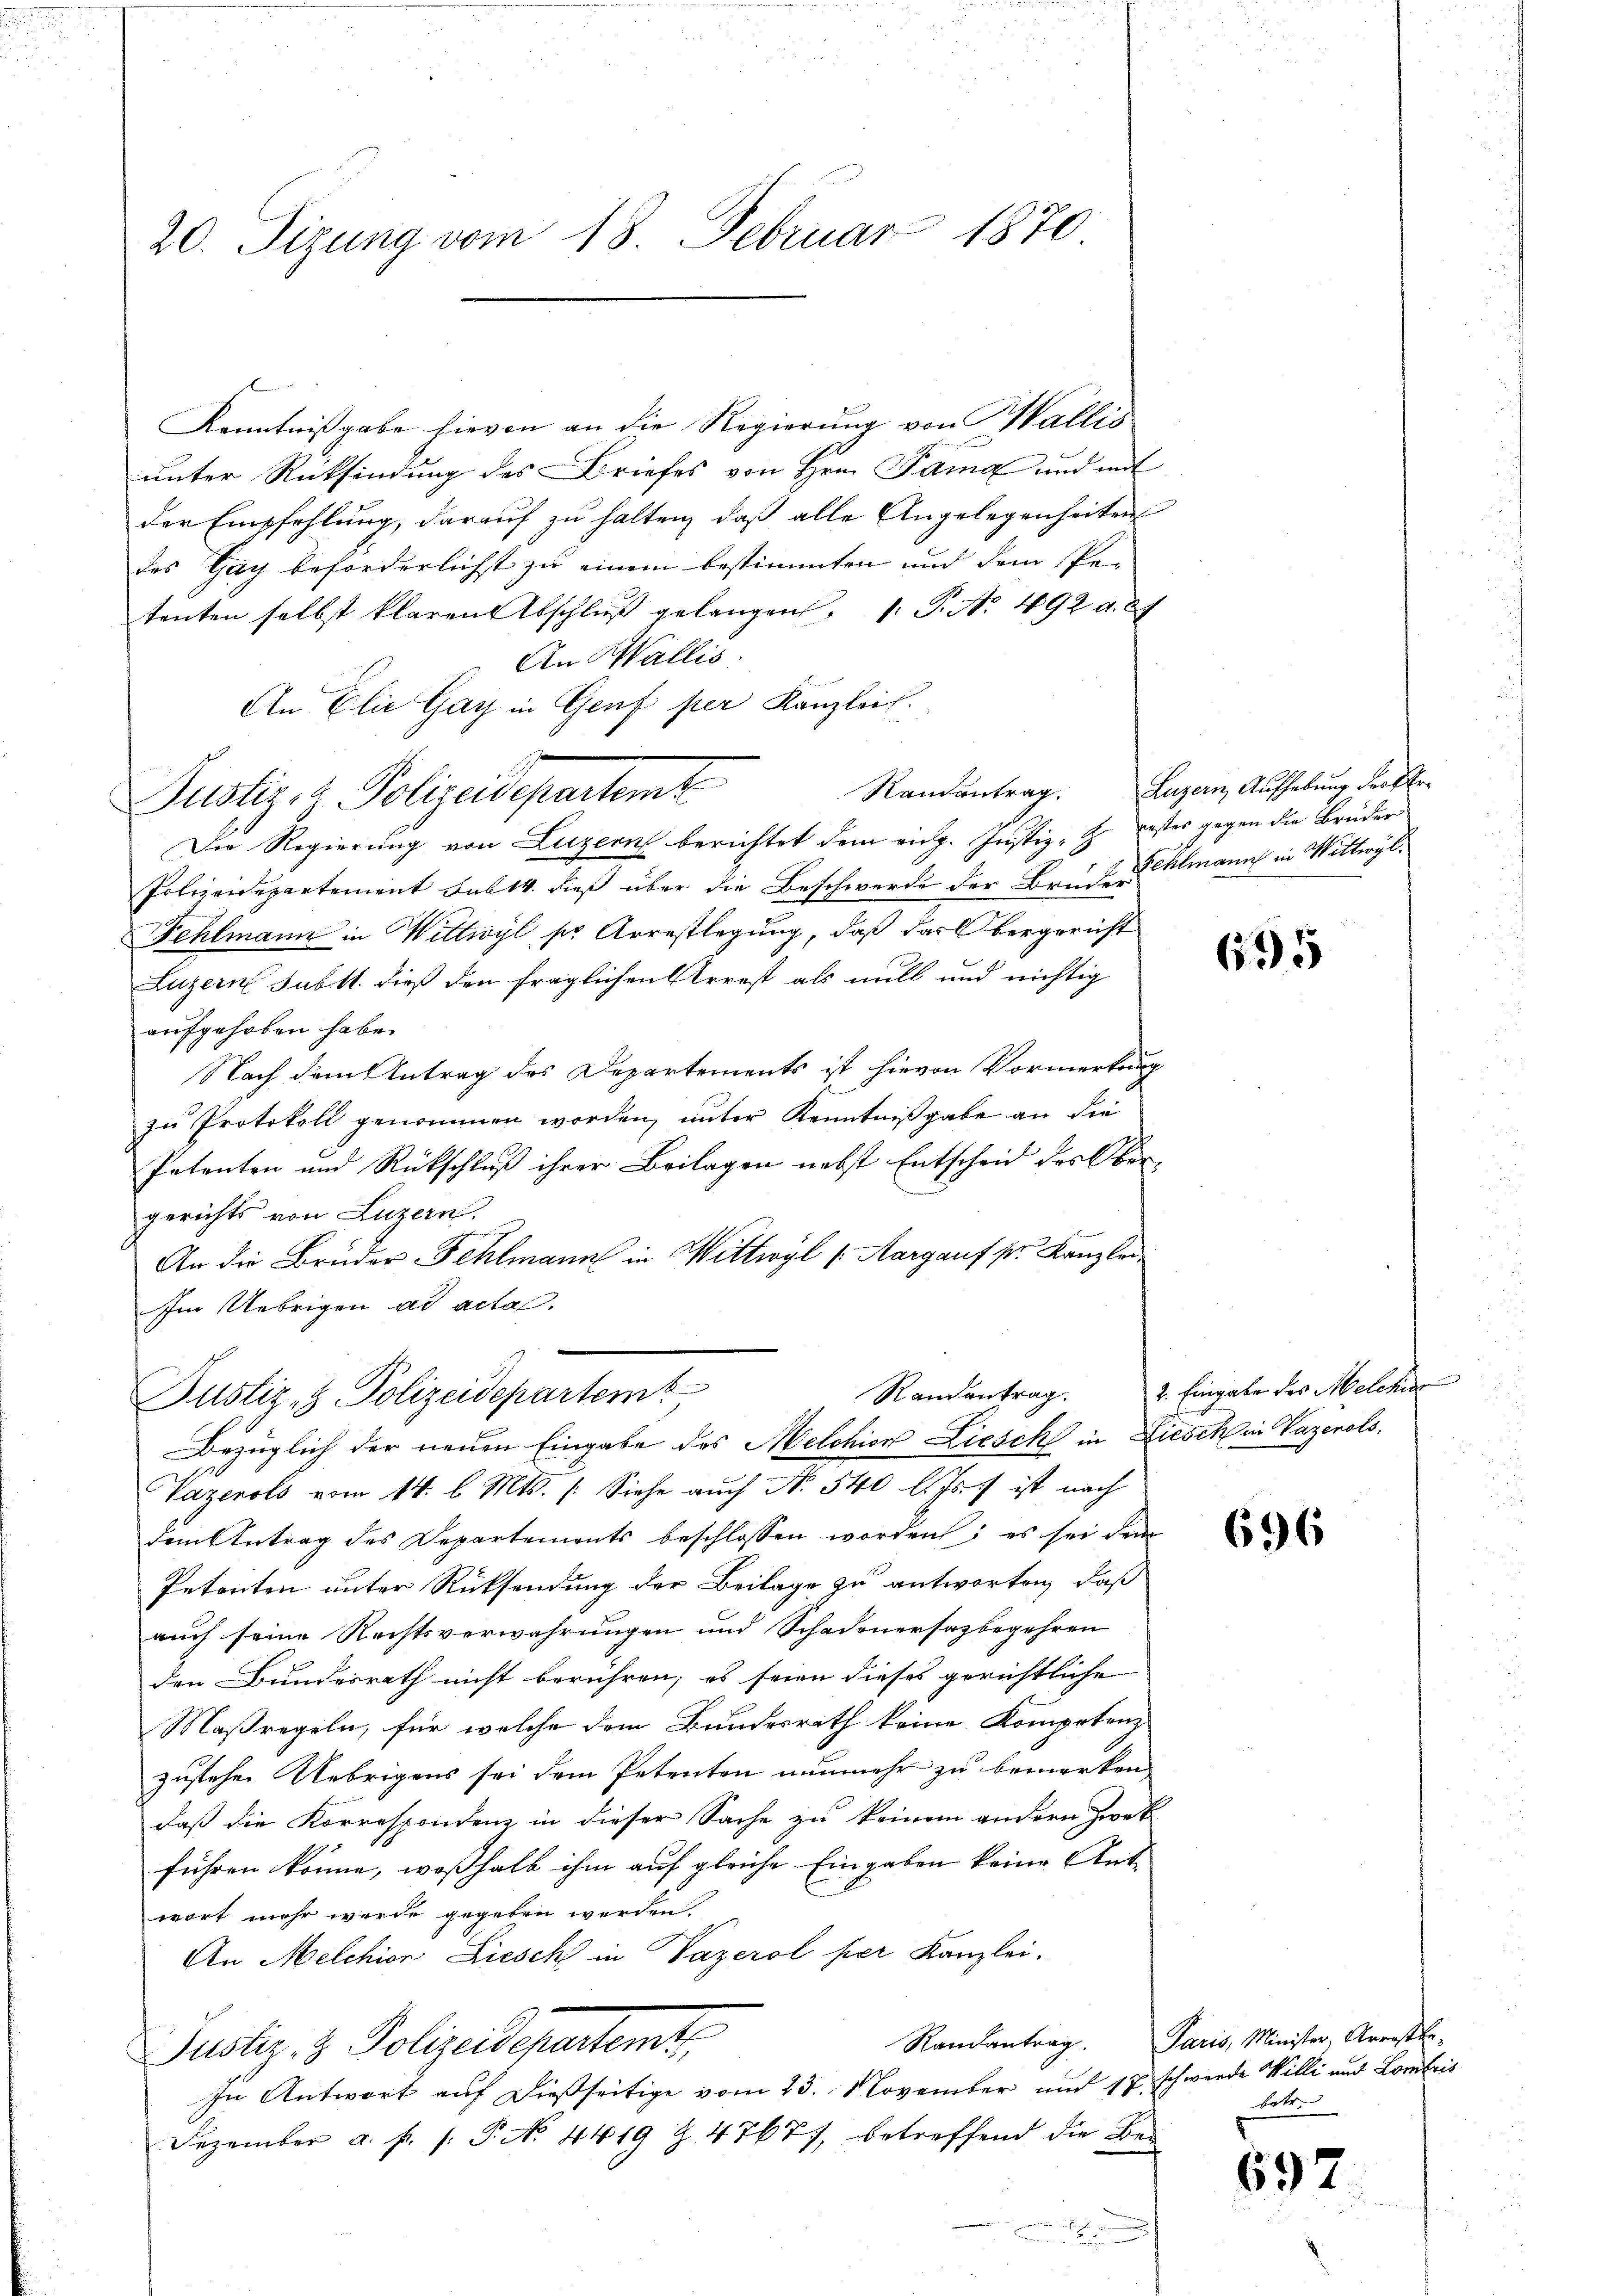
20. Sitzung vom 18. Februar 1870

Kenntnißgabe hievon an die Regierung von Wallis
unter Rückfindung des Briefes von Hrn. Fama und mit
der Empfehlung, darauf zu halten, daß alle Angelegenheiten
des Gay beförderlichst zu einem bestimmten und dem Petenten selbst klaren Abschlŭβ gelangen. P. Nr. 492 d. 27
An Wallis.
An Elie Gay in Genf per Kanzlei.
Randantrag.
Der Regierung von Luzern berichtet dem eidg. Justiz-Z. gester gegen die Brüder
Polizeidepartement Sub 14. dieß über die Beschwerde der BruderEhlmann in Wittwyl
Fehlmann in Wittwyl ser Arrestlegung, daß das Obergericht
Luzern Subst. dieß den fraglichen Arrest als will und nichtig
aufgehoben habe.
Nach dem Antrag des Departements ist hievon Vormerkung
zu Protokoll genommen worden, unter Kenntnißgabe an die
Intenten und Rückschluß ihrer Beilagen nebst Entscheid des Obergerichts von Luzern.
An die Brüder Fehlmann in Wittwyl (Aargauf pr. Kanzlei¬
Im Uebrigen ad acta.

Justiz- & Polizeidepartemt

dem Antrag des Departements beschlossen worden; es sei dem
Petenten unter Rücksendung der Beilage zu antworten, daß
auch seine Rechtsverwahrungen und Schadenersazbegehren
den Bundesrath nicht berühren; es seien dieses gerichtliche
Maßregeln, für welche dem Bundesrath keine Kompetenz
zustehe. Uebrigens sei dem Petenten nunmehr zu bemerken,
daß die Korrespondenz in dieser Sache zu keinem andern zwek
führen könne, weßhalb ihm auf gleiche Eingaben keine Ant-
wort mehr werde gegeben werden.
An Melchior Liesch in Vazerol per Kanzlei.
Justiz- & Polizeidepartemt
In Antwort auf dießseitige vom 23. November und 17 schwerde Willi und Lombris
Dezember a. f. f. P. No. 4419 Z. 47677, betreffend die Be¬
.

Randantrag.
Justiz- & Polizeidepartem
Bezüglich der neuen Eingabe des Melchion Liesch in Liesch in Vazenols,
Vazerols vom 14. l. Mts. /: Siehe auch No. 540 l. Js. ist nach

Luzern, Aufhebung der ke

695

2. Eingabe des Melchior

696

Randantrag. Paris, Minister, Arrestbe-
betr.

697